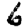
Digit: 6